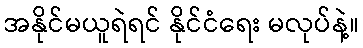
အနိုင်မယူရဲရင် နိုင်ငံရေး မလုပ်နဲ့။